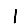
Digit: 1